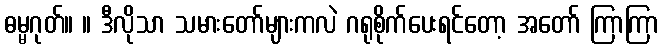
ဓမ္မဂုတ်။ ။ ဒီလိုသာ သမားတော်များကလဲ ဂရုစိုက်ပေးရင်တော့ အတော် ကြာကြာ